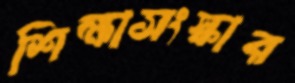
শিক্ষাসংস্কার